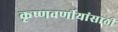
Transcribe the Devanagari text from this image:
कृष्णवर्णीयांसाठी